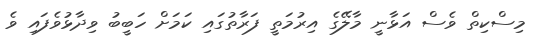
މިސްކިތް ވެސް އަޅާނީ މާލޭގެ އިރުމަތީ ފަރާތުގައި ކަމަށް ހަބީބު ވިދާޅުވެފައި ވެ